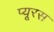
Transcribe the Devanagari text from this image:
प्यूरस